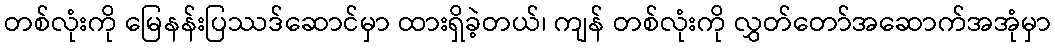
တစ်လုံးကို မြေနန်းပြဿဒ်ဆောင်မှာ ထားရှိခဲ့တယ်၊ ကျန် တစ်လုံးကို လွှတ်တော်အဆောက်အအုံမှာ